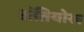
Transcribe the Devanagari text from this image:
अंतियोख